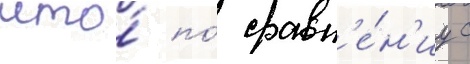
что́ по́ сравн'е́н'иу с